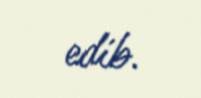
edib.